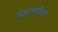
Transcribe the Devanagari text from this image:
चंद्रामधील